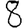
Digit: 8